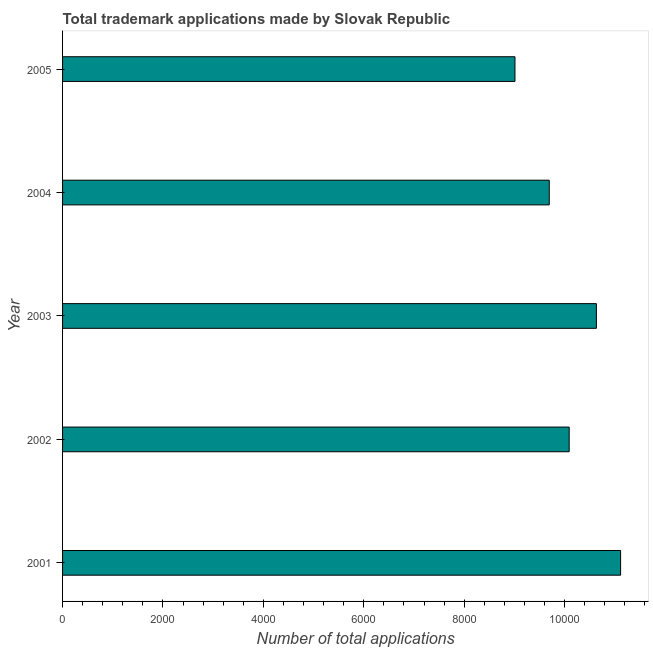
| Year | Trademark applications |
 | --- | --- |
 | 2001 | 1.11e+04 |
 | 2002 | 1.01e+04 |
 | 2003 | 1.06e+04 |
 | 2004 | 9.7e+03 |
 | 2005 | 9.01e+03 |